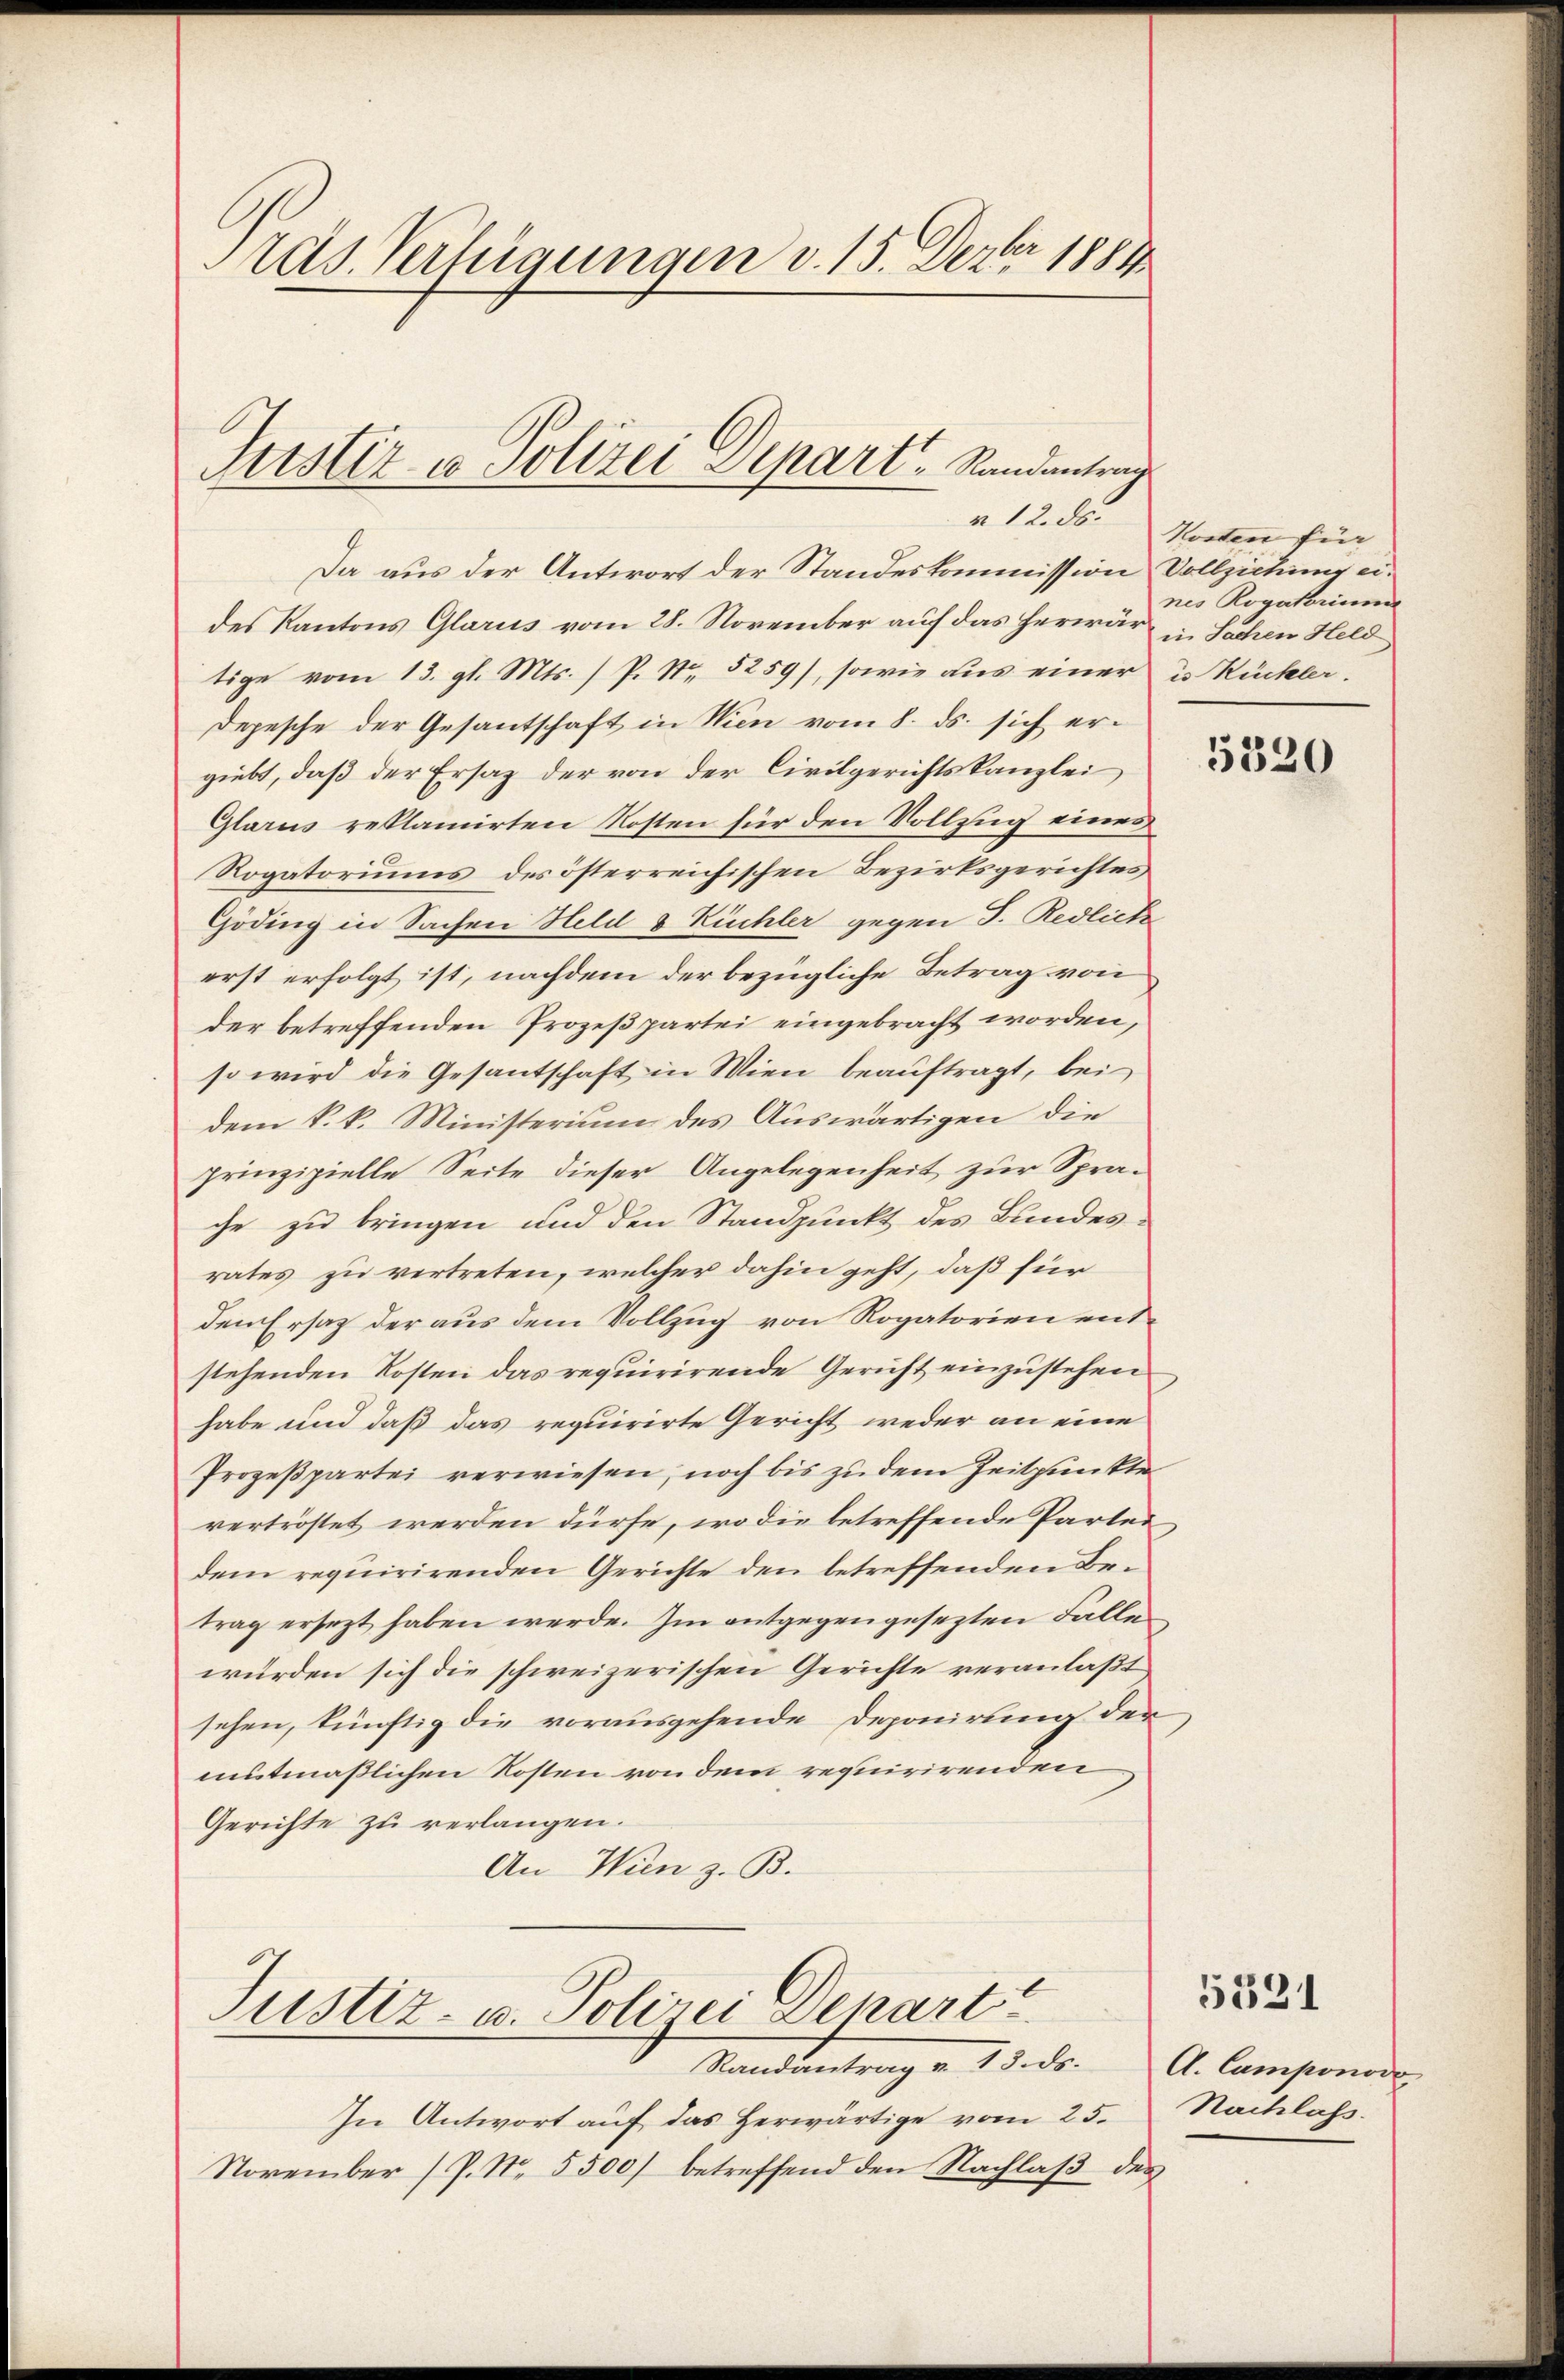
ras. Verfügungen v. 15. Dezbr 1884

Frister u Polizei Depart   Randantrag
r 12. ds.

Da aus der Antwort der Standeskommission Vollziehung eides Kantons Glarus vom 28. November auf das herwär u. Sachen Held
tige vom 13. gl. Mts. ) P. Nr. 5259), sowie aus einer u Rückler-
Depesche der Gesantschaft in Wien vom 8. ds. sich ergiebt, daß der Ersatz der von der Civilgerichtskanzlei
Glarus reklamirten Kosten für den Vollzug eines
Rogatoriums des österreichischen Bezirksgerichtes,
Göding in Sachen Held & Küchler gegen J. Redlich
erst erfolgt ist, nachdem der bezügliche Betrag von
der betreffenden Prozeßpartei eingebracht worden,
so wird die Gesantschaft in Wien beauftragt, bei
dem k. k. Ministerium des Auswärtigen die
prinzipielle Seite dieser Angelegenheit zur Sprache zu bringen und den Standpunkt des Bundesrates zu vertreten, welcher dahin geht, daß für
den Ersatz der aus dem Vollzug von Rogatorien entstehenden Kosten das requirirende Gericht einzustehen
habe und daß das requirirte Gericht weder an eine
Prozeßpartei verwiesen, noch bis zu dem Zeitpunkte
vertröstet werden dürfe, wo die betreffende Partei,
dem requirirenden Gerichte den betreffenden Betrag ersezt haben werde. Im entgegengesezten Falle
würden sich die schweizerischen Gerichte veranlaßt
sehen, künftig die vorausgehende Deponirung der
mutmaßlichen Kosten von dem requirirenden
Gerichte zu verlangen.
An Wien z. B.
Justiz- u. Polizei Depart
Randantrag u. 13. ds. A. Camponod
In Antwort auf das herwärtige vom 25. Nachlass.
November (P. N. 5500) betreffend den Nachlaß des

Kosten für
nes Rogatorium

5320

5321